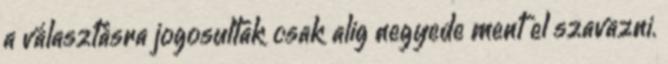
a választásra jogosultak csak alig negyede ment el szavazni.